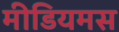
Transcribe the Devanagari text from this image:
मीडियमस